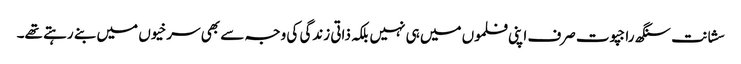
سشانت سنگھ راجپوت صرف اپنی فلموں میں ہی نہیں بلکہ ذاتی زندگی کی وجہ سے بھی سرخیوں میں بنے رہتے تھے۔